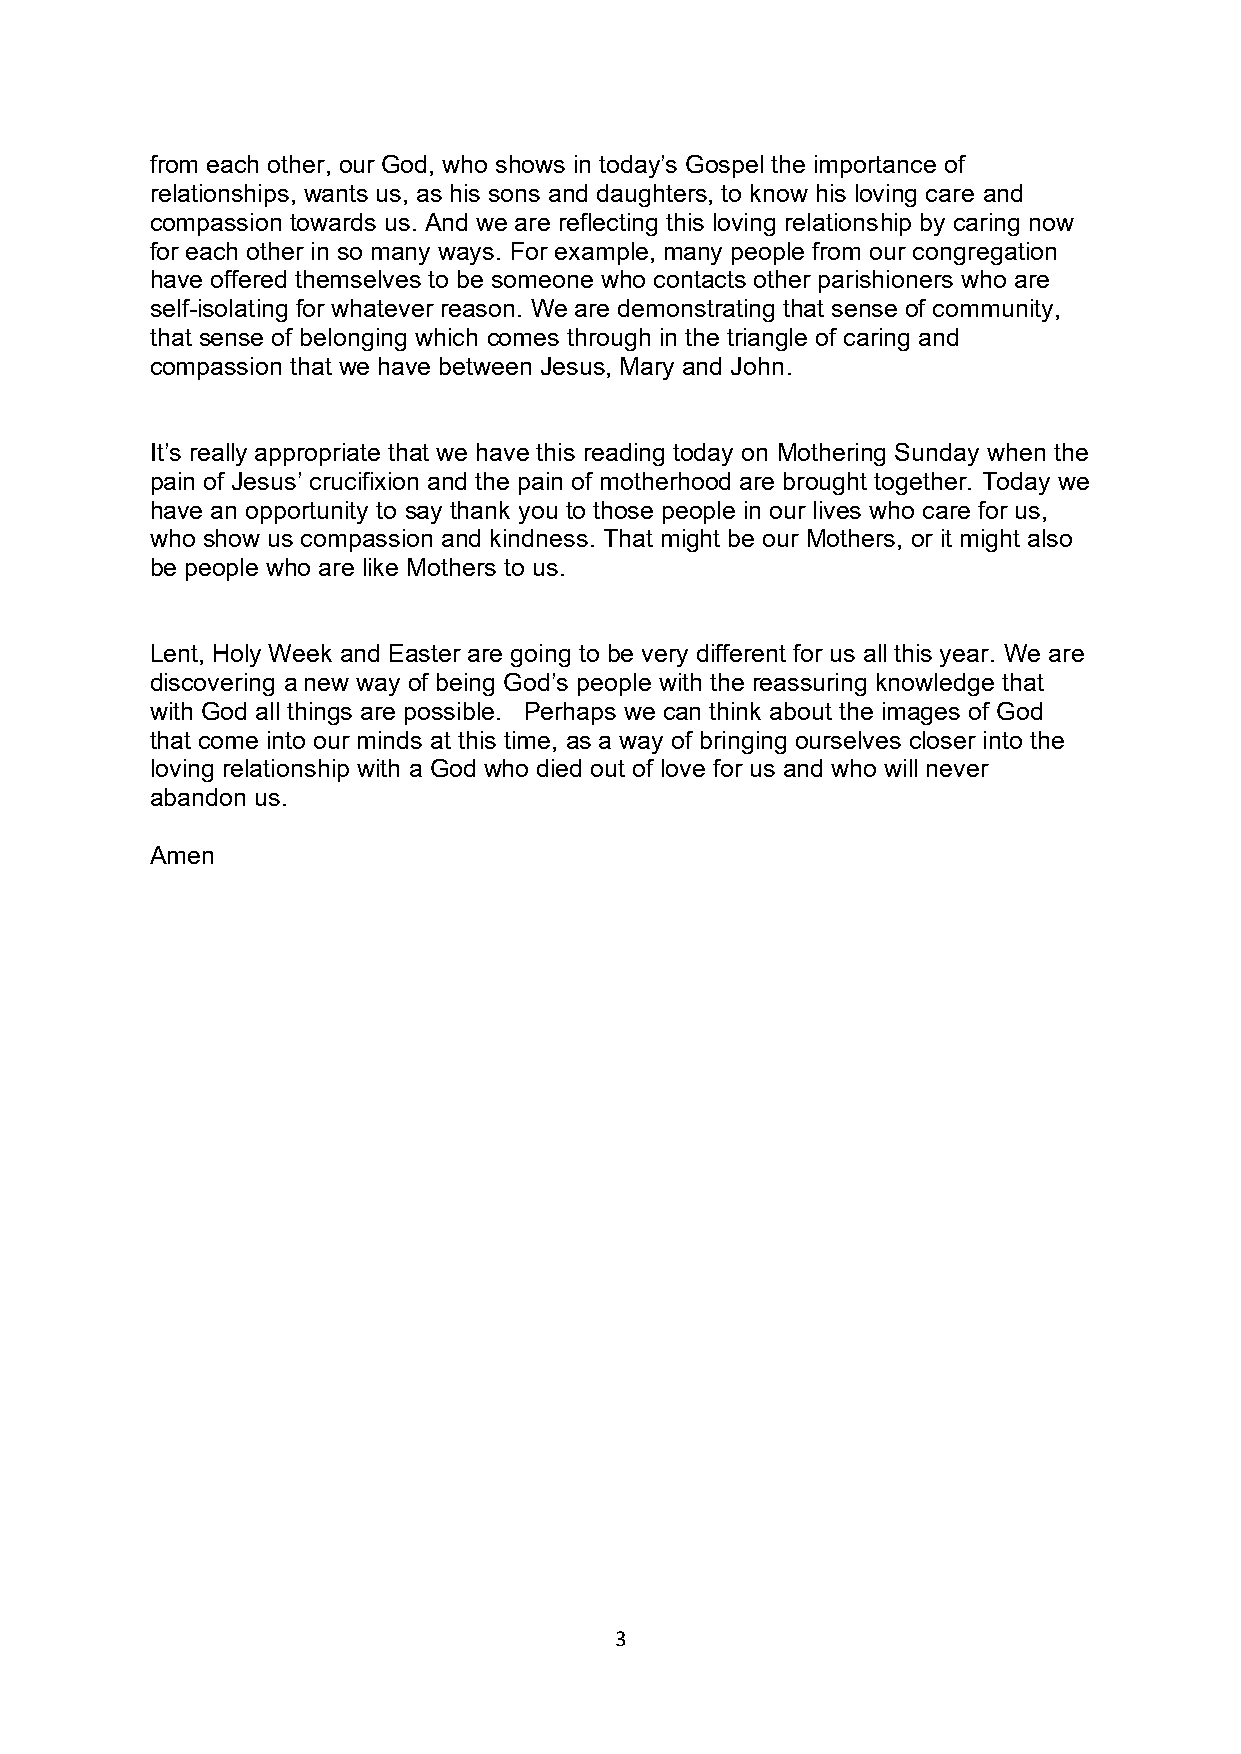
from each other, our God, who shows in today’s Gospel the importance of
 relationships, wants us, as his sons and daughters, to know his loving care and
 compassion towards us. And we are reflecting this loving relationship by caring now
 for each other in so many ways. For example, many people from our congregation
 have offered themselves to be someone who contacts other parishioners who are
 self-isolating for whatever reason. We are demonstrating that sense of community,
 that sense of belonging which comes through in the triangle of caring and
 compassion that we have between Jesus, Mary and John.
 It’s really appropriate that we have this reading today on Mothering Sunday when the
 pain of Jesus’ crucifixion and the pain of motherhood are brought together. Today we
 have an opportunity to say thank you to those people in our lives who care for us,
 who show us compassion and kindness. That might be our Mothers, or it might also
 be people who are like Mothers to us.
 Lent, Holy Week and Easter are going to be very different for us all this year. We are
 discovering a new way of being God’s people with the reassuring knowledge that
 with God all things are possible. Perhaps we can think about the images of God
 that come into our minds at this time, as a way of bringing ourselves closer into the
 loving relationship with a God who died out of love for us and who will never
 abandon us.
 Amen
 3